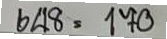
648 = 170